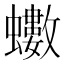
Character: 𮕍